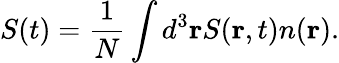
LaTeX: S(t)=\frac{1}{N}\int d^{3}\mathbf{r}S(\mathbf{r},t)n(\mathbf{r}).